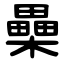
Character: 櫐